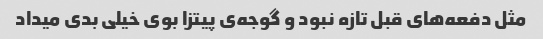
مثل دفعه‌های قبل تازه نبود و گوجه‌ی پیتزا بوی خیلی بدی میداد